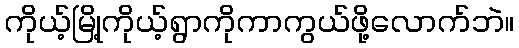
ကိုယ့်မြို့ကိုယ့်ရွာကိုကာကွယ်ဖို့လောက်ဘဲ။